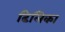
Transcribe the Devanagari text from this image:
ढिलिका